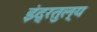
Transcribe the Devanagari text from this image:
इंद्रतुल्य